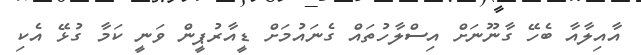
އާއިލާއާ ބެހޭ ގާނޫނަށް އިސްލާހުތައް ގެނައުމަށް ޑީއާރުޕީން ވަނީ ކަމާ ގުޅޭ އެކި